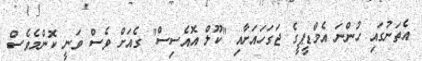
އެތަނުގައި ހުންނަ އެމްޑީޕީގެ ޖަގަހައަށާއި "ކޫލް އޮއެސިސް" ގެއަށް ވެސް ވަނީ ކޮންމެވެސް